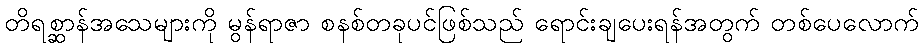
တိရစ္ဆာန်အသေများကို မွန်ရာဇာ စနစ်တခုပင်ဖြစ်သည် ရောင်းချပေးရန်အတွက် တစ်ပေလောက်